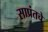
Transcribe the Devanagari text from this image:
साप्रंतचे